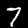
Label: 7